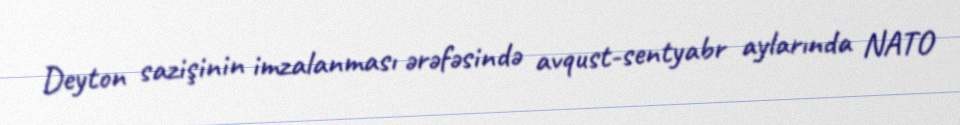
Deyton sazişinin imzalanması ərəfəsində avqust-sentyabr aylarında NATO